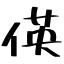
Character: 偀